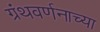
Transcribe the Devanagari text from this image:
ग्रंथवर्णनाच्या